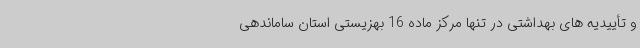
و تأییدیه های بهداشتی در تنها مرکز ماده 16 بهزیستی استان ساماندهی